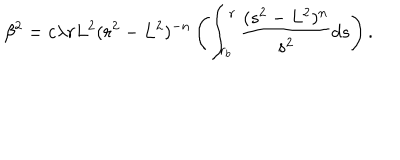
LaTeX: \beta ^ { 2 } = c \lambda r L ^ { 2 } ( r ^ { 2 } - L ^ { 2 } ) ^ { - n } \left( \int _ { r _ { b } } ^ { r } \frac { ( s ^ { 2 } - L ^ { 2 } ) ^ { n } } { s ^ { 2 } } d s \right) .